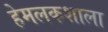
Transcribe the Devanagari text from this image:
हेमलकशाला